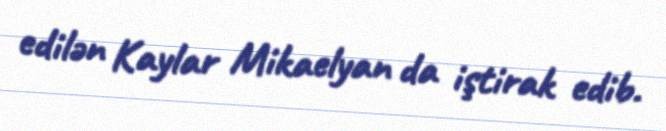
edilən Kaylar Mikaelyan da iştirak edib.